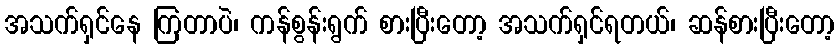
အသက်ရှင်နေ ကြတာပဲ၊ ကန်စွန်းရွက် စားပြီးတော့ အသက်ရှင်ရတယ်၊ ဆန်စားပြီးတော့